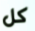
كل